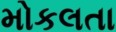
મોકલતા